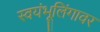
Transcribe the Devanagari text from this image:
स्वयंभूलिंगावर